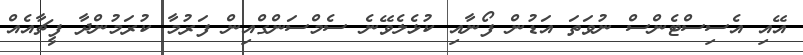
އޭއި އެސިސްޓެންސް ނުވަތަ އަޑުން ފޯނާއި ކުޅެލެވޭނެ ސެމްސަންގްއިން ފަރުމާ ކުރަމުންދާ ފީޗާއެއް